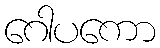
ဂေါပကော